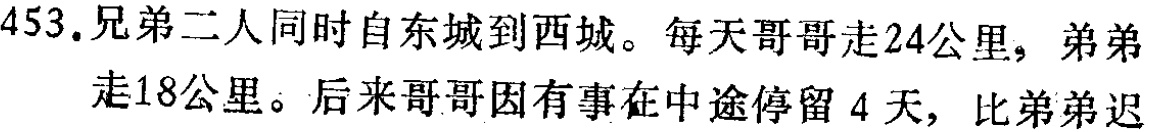
453.兄弟二人同时自东城到西城。每天哥哥走24公里，弟弟走18公里。后来哥哥因有事在中途停留4天，比弟弟迟